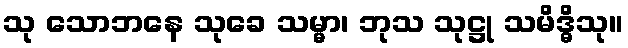
သု သောဘနေ သုခေ သမ္မာ၊ ဘုသ သုဋ္ဌု သမိဒ္ဓိသု။